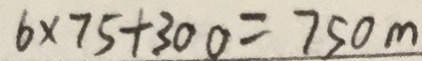
6 \times 7 5 + 3 0 0 = 7 5 0 m